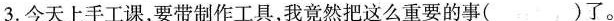
3.今天上手工课，要带制作工具，我竟然把这么重要的事（）了。